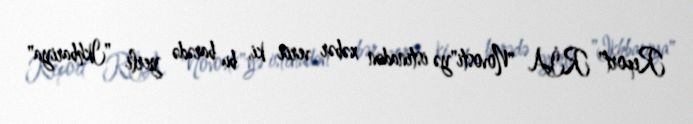
Report" RİA "Novosti"yə istinadən xəbər verir ki, bu barədə yerli "Ikhbariya"